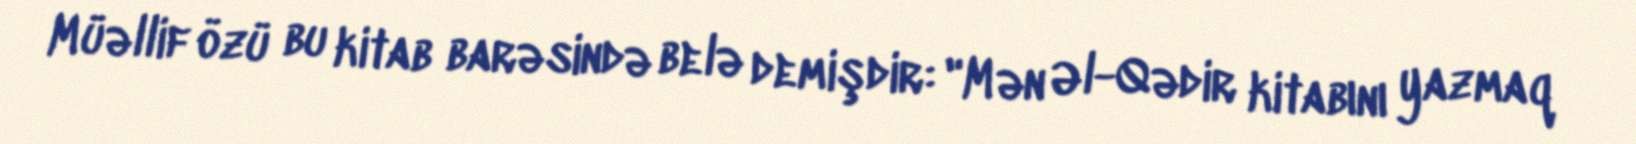
Müəllif özü bu kitab barəsində belə demişdir: "Mən Əl-Qədir kitabını yazmaq